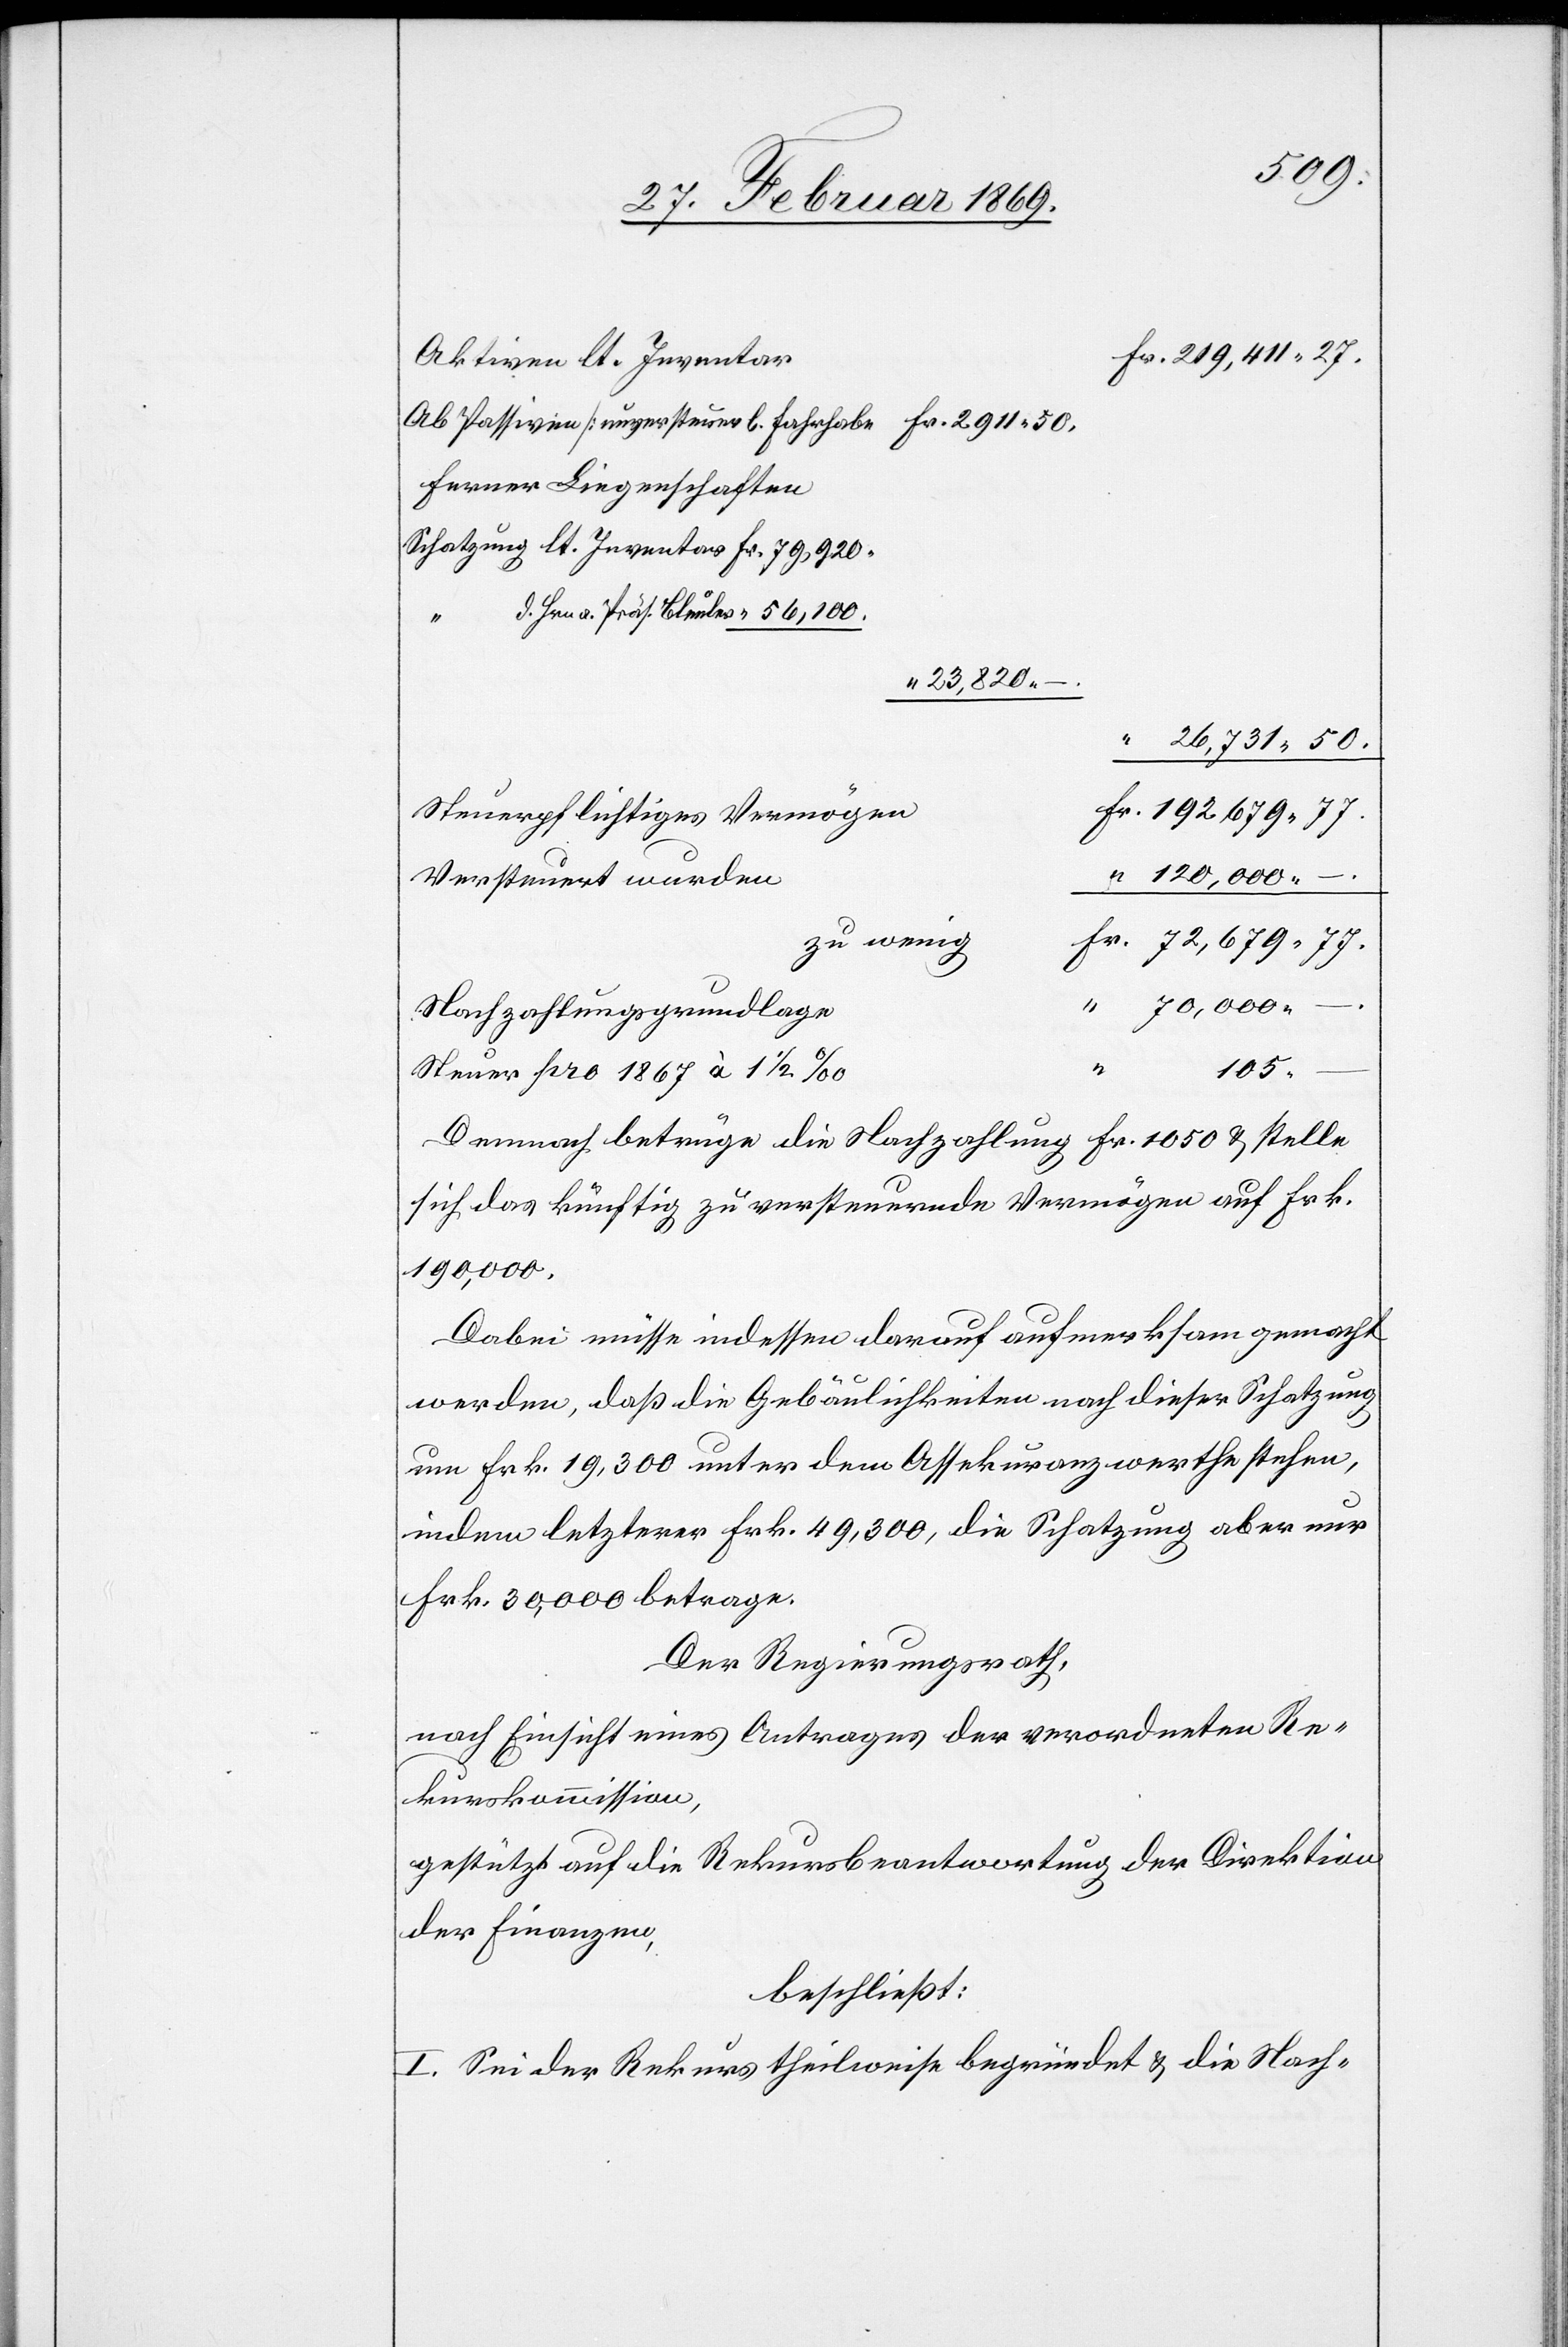
Aktiven lt. Inventar
Ab Passiven [unversteuerb. Fahrhabe[]]
Ferner Liegenschaften
Schatzung lt. Inventar Fr. 79,920
d. Hrn. Präs. Bleuer “ 56,100.
Fr.
Steuerpflichtiges Vermögen
Versteuert wurden
–
zu wenig
Nachzahlungsgrundlage
27.
105
Steuer pro 1867 à 1 1/2‰
Demnach betrüge die Nachzahlung Fr. 1050. & stelle
sich das künftig zu versteuernde Vermögen auf Frk.
190,000.
Dabei müsse indessen darauf aufmerksam gemacht
werden, daß die Gebäulichkeiten nach dieser Schatzung
um Frk. 19,300 unter dem Assekuranzwerthe stehen,
indem letzterer Frk. 49,300, die Schatzung aber nur
Frk. 30,000 betrage.
Der Regierungsrath,
nach Einsicht eines Antrages der verordneten Re¬
kurskommission,
gestützt auf die Rekursbeantwortung der Direktion
der Finanzen,
beschließt:
I. Sei der Rekurs theilweise begründet & die Nach-